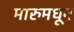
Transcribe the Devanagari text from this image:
मारुमधून